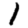
Digit: 1